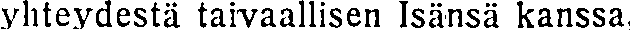
yhteydestä taivaallisen Isänsä kanssa,